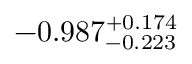
- 0 . 9 8 7 _ { - 0 . 2 2 3 } ^ { + 0 . 1 7 4 }